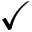
\checkmark